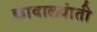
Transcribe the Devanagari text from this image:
कावालवांती